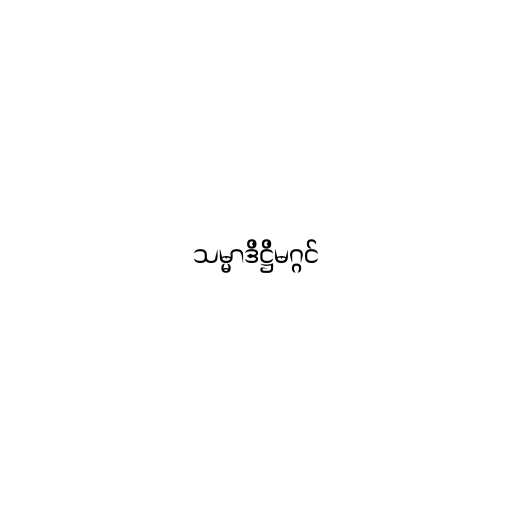
သမ္မာဒိဋ္ဌိမဂ္ဂင်